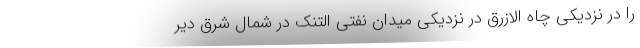
را در نزدیکی چاه الازرق در نزدیکی میدان نفتی التنک در شمال شرق دیر